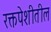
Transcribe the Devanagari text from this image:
रक्तपेशीतील